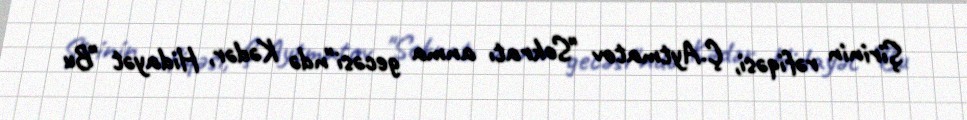
Şirinin rəfiqəsi, Ç.Aytmatov "Sokratı anma gecəsi"ndə Kədər, Hidayət "Bu